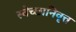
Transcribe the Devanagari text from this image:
स्वेच्छानिवृत्त